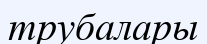
трубалары